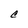
Character: C